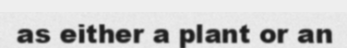
as either a plant or an